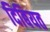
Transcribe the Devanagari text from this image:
दिबियत